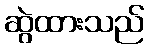
ဆွဲထားသည်